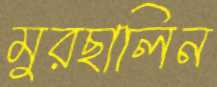
মুরছালিন